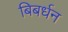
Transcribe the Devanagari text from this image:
बिबर्धन